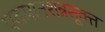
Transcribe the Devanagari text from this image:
पवमानशन्नसूक्त